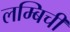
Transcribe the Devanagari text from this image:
लम्बिची